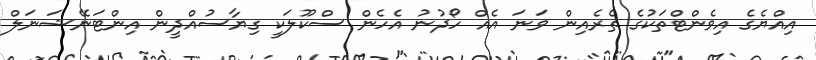
އިއްޔެގެ އިވެންޓްތަކުގެ ތެރެއިން ވަނަ އެއް ހޯދުނު އެހެން ސްކޫލަކީ ގިޔާސުއްދީން އިންޓަނޭޝަނަލް